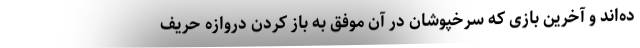
ده‌اند و آخرین بازی که سرخپوشان در آن موفق به باز کردن دروازه حریف